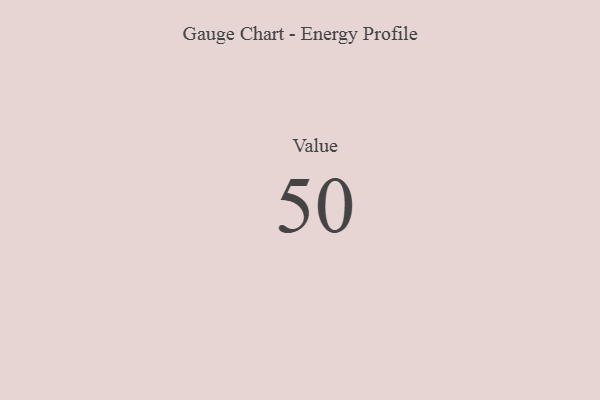
{"axis": {"x": "Metric", "y": "Value"}, "legend": [""], "data": [{"x": "Value", "y": 50, "type": ""}]}